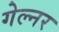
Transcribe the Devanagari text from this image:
गेल्नर